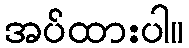
အပ်ထားပါ။